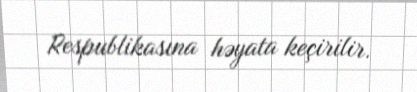
Respublikasına həyata keçirilir.